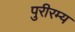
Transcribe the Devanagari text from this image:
पुरीरम्य